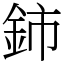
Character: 鈰